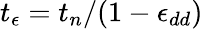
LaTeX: t_{\epsilon}=t_{n}/(1-\epsilon_{dd})